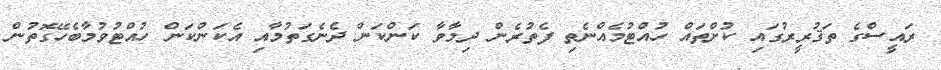
ރައީސްގެ ތަޤުރީރުގައި ކުށްތައް ހުއްޓުމެއްނެތި ފެތުރެން ދިމާވާ ކަންކަން ދެނެގަތުމާއި އެކަންކަން ހުއްޓުވުމާބެހޭގޮތުން